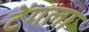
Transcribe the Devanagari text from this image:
टेंगला